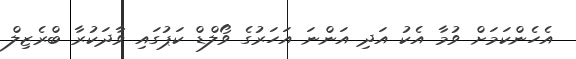
އެހެންކަމަށް ވުމާ އެކު އަދި އަންނަ އަހަރުގެ ވޯލްޑް ކަޕުގައި ވާދަކުރާ ބްރެޒިލް